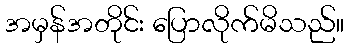
အမှန်အတိုင်း ပြောလိုက်မိသည်။